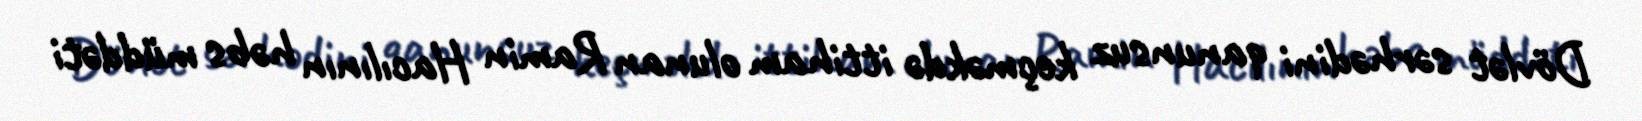
Dövlət sərhədini qanunsuz keçməkdə ittiham olunan Ramin Hacılının həbs müddəti